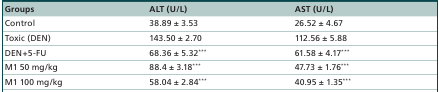
<table><thead><tr><td><b>Groups</b></td><td><b>ALT (U/L)</b></td><td><b>AST (U/L)</b></td></tr></thead><tbody><tr><td>Control</td><td>38.89 ± 3.53</td><td>26.52 ± 4.67</td></tr><tr><td>Toxic (DEN)</td><td>143.50 ± 2.70</td><td>112.56 ± 5.88</td></tr><tr><td>DEN+5-FU</td><td>68.36 ± 5.32***</td><td>61.58 ± 4.17***</td></tr><tr><td>M1 50 mg/kg</td><td>88.4 ± 3.18***</td><td>47.73 ± 1.76***</td></tr><tr><td>M1 100 mg/kg</td><td>58.04 ± 2.84***</td><td>40.95 ± 1.35***</td></tr></tbody></table>